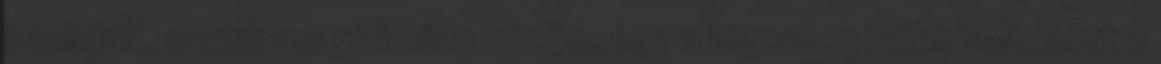
szelídült, ennek megfelelően közönsége a legsokszínűbb volt, amit a